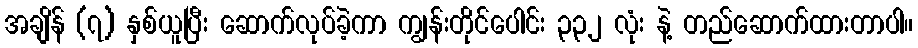
အချိန် (၇) နှစ်ယူပြီး ဆောက်လုပ်ခဲ့ကာ ကျွန်းတိုင်ပေါင်း ၃၃၂ လုံး နဲ့ တည်ဆောက်ထားတာပါ။